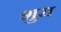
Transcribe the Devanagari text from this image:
शुरा